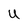
Character: U